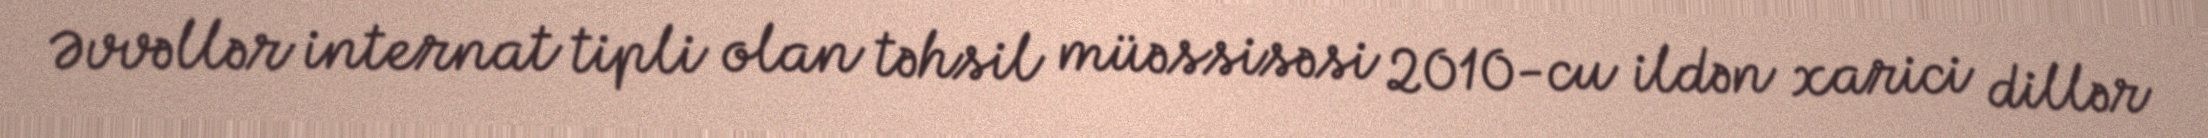
Əvvəllər internat tipli olan təhsil müəssisəsi 2010-cu ildən xarici dillər